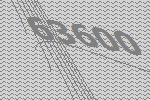
63600